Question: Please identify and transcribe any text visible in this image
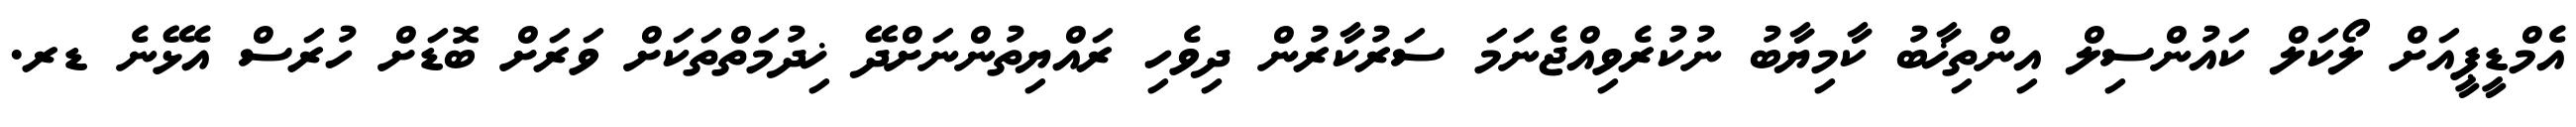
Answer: އެމްޑީޕީއަށް ލޯކަލް ކައުންސިލް އިންތިޚާބު ކާމިޔާބު ނުކުރެވިއްޖެނަމަ ސަރުކާރުން ދިވެހި ރައްޔިތުންނަށްދޭ ޚިދުމަތްތަކަށް ވަރަށް ބޮޑަށް ހުރަސް އެޅޭނެ ޑރ.